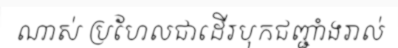
ណាស់ ប្រហែលជាដើរបុកជញ្ជាំងរាល់